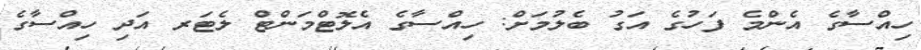
ހިއްސާގެ އެންމެ ފަހުގެ އަގު ބެލުމަށް: ހިއްސާގެ އެލޮޓްމަންޓް ލެޓަރ އަދި ހިއްސާގެ